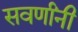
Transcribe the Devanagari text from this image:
सवर्णांनी